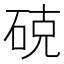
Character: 𮀚